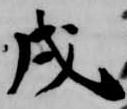
戌